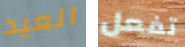
العيد تفعل